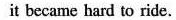
it became hard to ride.